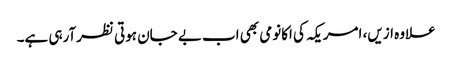
علاوہ ازیں، امریکہ کی اکانومی بھی اب بے جان ہوتی نظرآرہی ہے۔